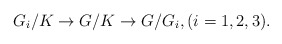
\begin{align*}G_i/K\to G/K\to G/G_i,(i=1, 2, 3).\end{align*}